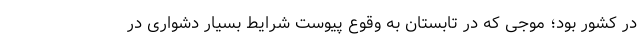
در کشور بود؛ موجی که در تابستان به وقوع پیوست شرایط بسیار دشواری در